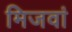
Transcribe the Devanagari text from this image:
मिजवां